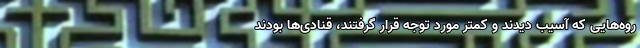
روه‌هایی که آسیب دیدند و کمتر مورد توجه قرار گرفتند، قنادی‌ها بودند